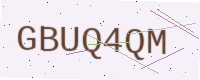
Text: GBUQ4QM